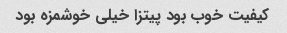
کیفیت خوب بود پیتزا خیلی خوشمزه بود